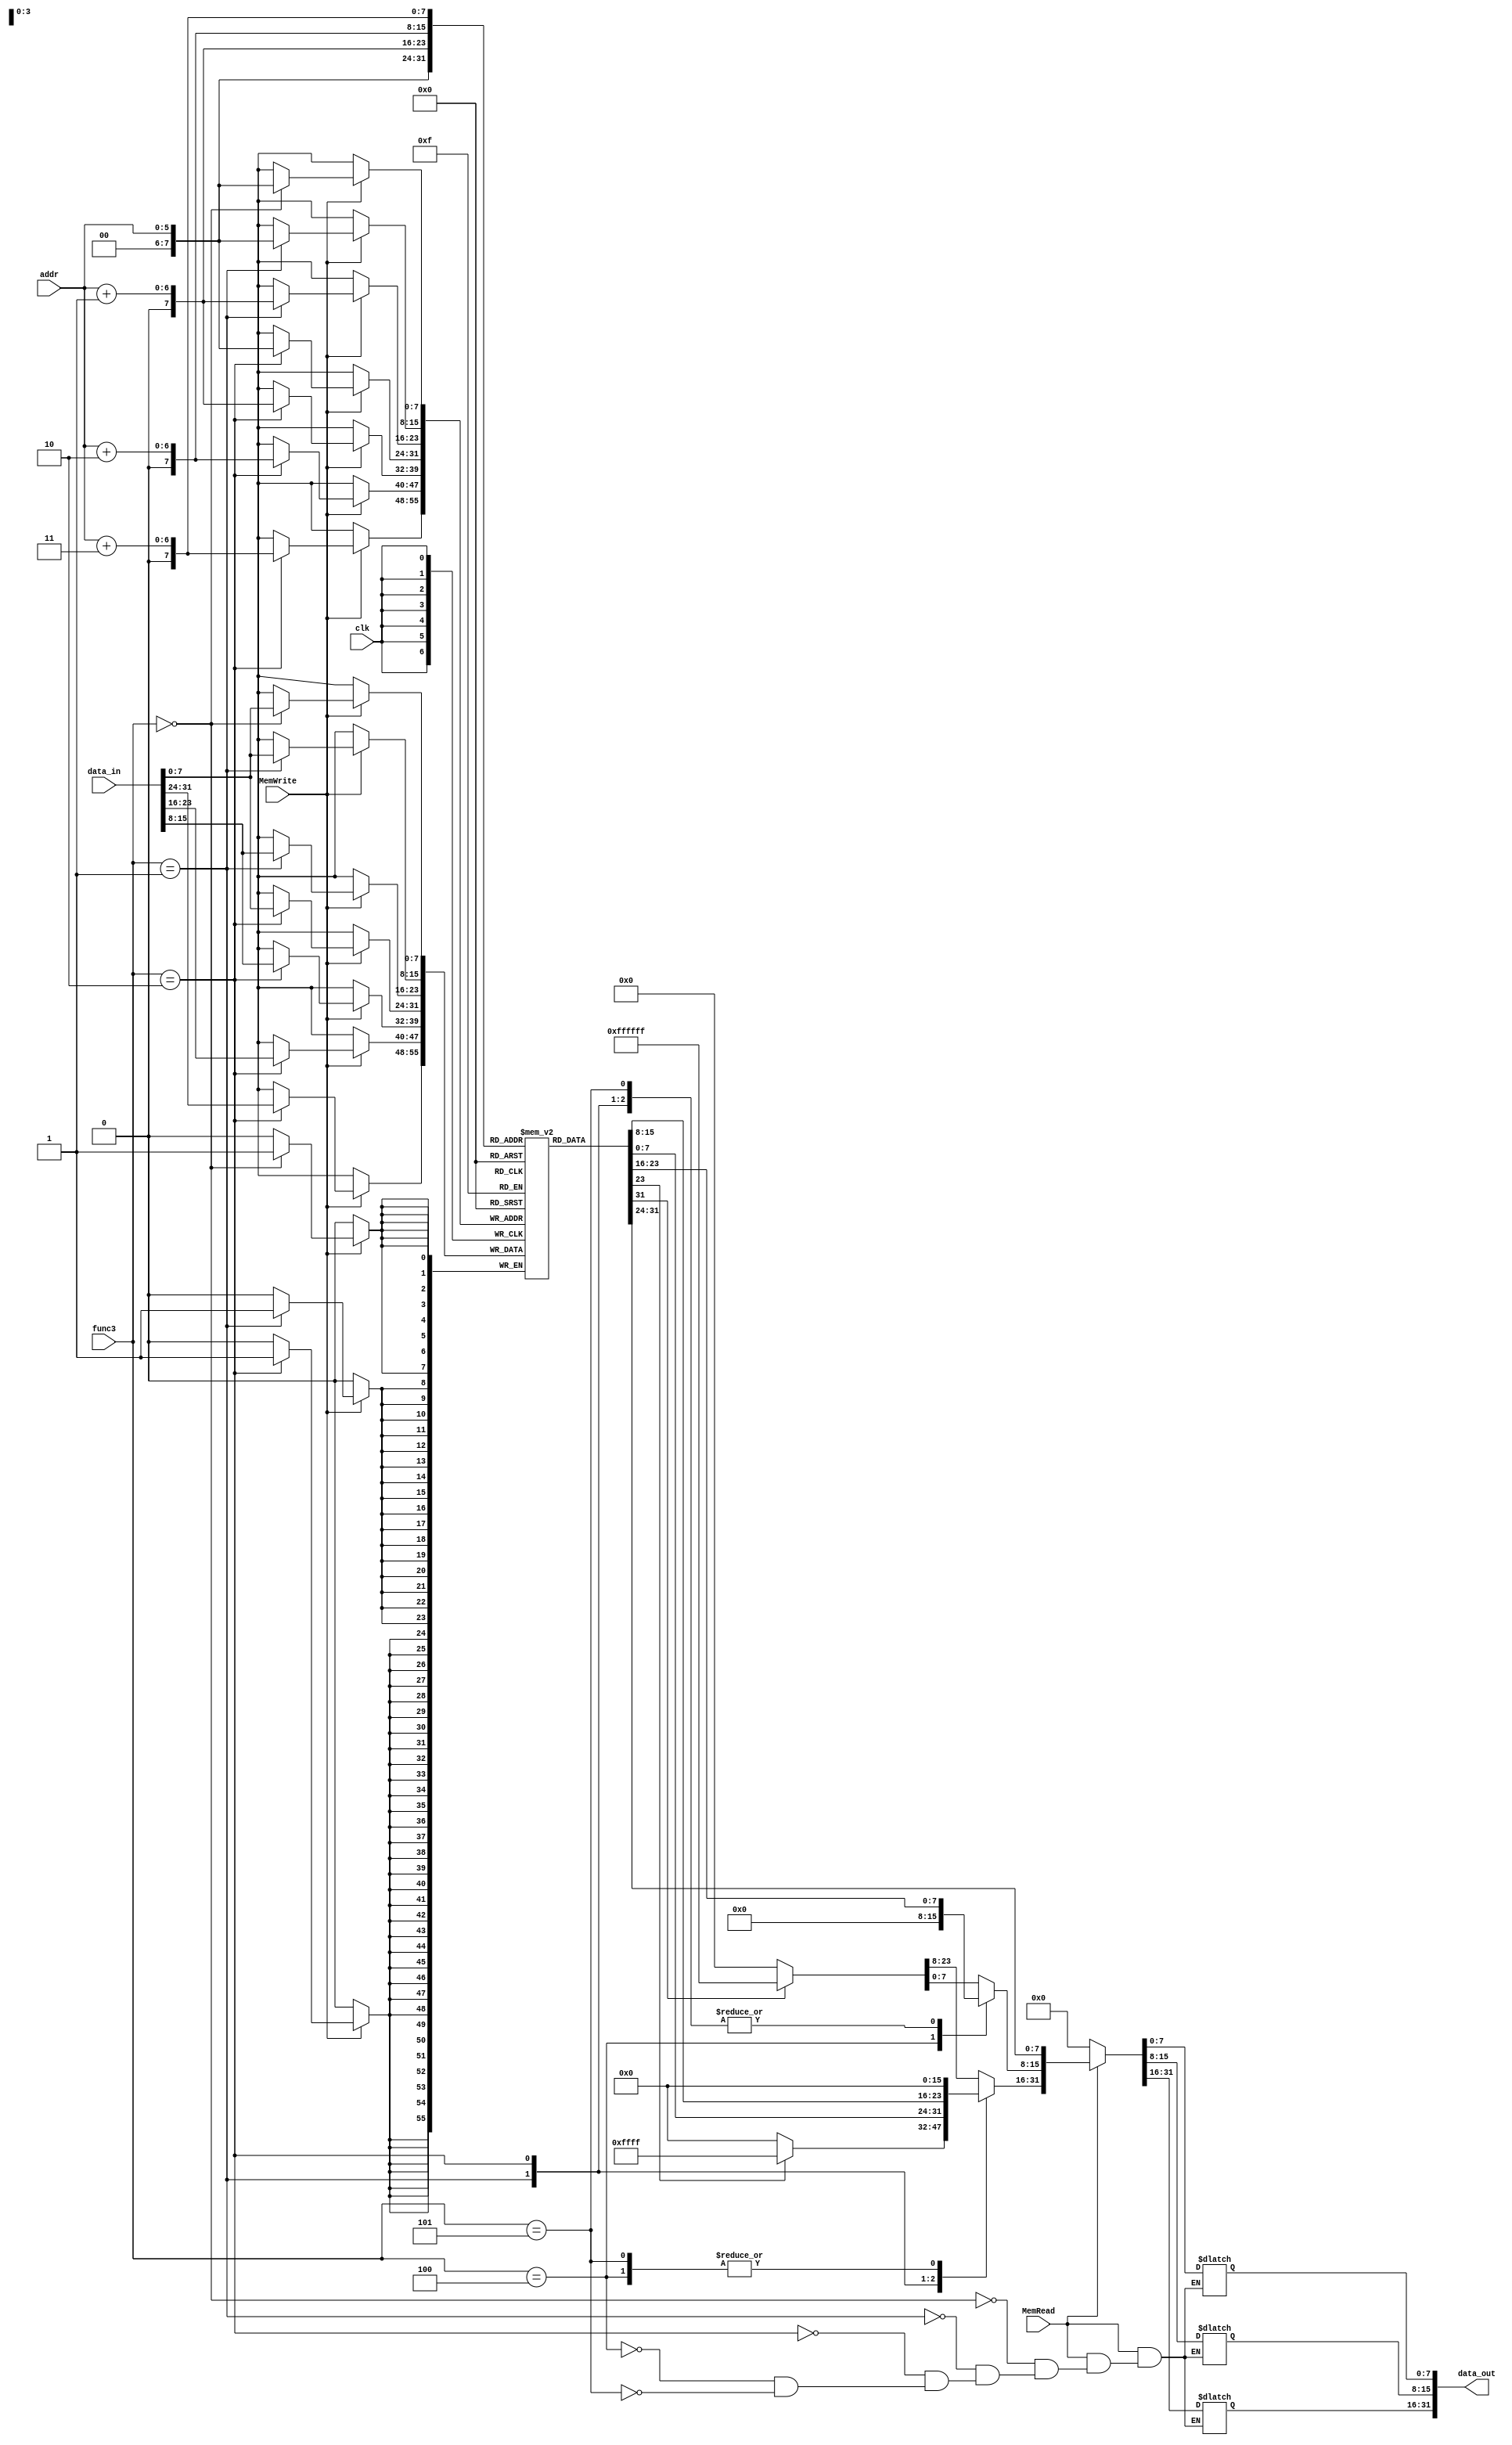
module DataMem
 (input clk, input MemRead, input MemWrite,
 input [5:0] addr, input [31:0] data_in, output reg  [31:0] data_out,input [2:0] func3);
 
//                                    module DataMem(input clk, input MemRead, input MemWrite, input [5:0] addr,
//                                      input [31:0] data_in, output [31:0] data_out);
//                                      reg [31:0] mem [0:63];
                                     
//                                      always @(posedge clk)
//                                      begin
//                                      if (MemWrite)
//                                      mem[addr] = data_in;
//                                      end
                                     
//                                      assign data_out = MemRead?mem[addr]:0;
//                                      initial begin
//                                      mem[0]=32'd17;
//                                      mem[1]=32'd9;
//                                      mem[2]=32'd25;
//                                      end
//                                     endmodule
 
 
 reg [7:0] mem [0:255];
 always @(posedge clk)
 begin
 if (MemWrite)
 begin
 case(func3)
            3'b000:begin //SB
            mem[addr] = data_in[7:0];
            end
            3'b001:begin //SH
            {mem[addr+1],mem[addr]} = data_in[15:0];
            end
            3'b010:begin //SW
            {mem[addr+3],mem[addr+2],mem[addr+1],mem[addr]} = data_in[31:0];
            end
             endcase
 end
 //mem[addr] <= data_in;
 end
 always@(*) begin
 if(MemRead)
     begin
         case(func3)
                3'b000:begin //LB
                 data_out[7:0]=mem[addr];
                if(data_out[7]==1)
                 data_out[31:8]=24'hffffff;
                else
                 data_out[31:8]=24'h000000;
                end
                3'b001:begin //LH
                data_out[15:0]={mem[addr+1],mem[addr]};
                if(data_out[15]==1)
                data_out[31:16]=16'hffff;
                else 
                data_out[31:16]=16'h0000;
                end
                3'b010:begin //LW
                data_out={mem[addr+3],mem[addr+2],mem[addr+1],mem[addr]};
                
                end
                3'b100:begin //LBU
                data_out[7:0]=mem[addr];
                data_out[31:8]=24'h000000;
                end
                3'b101:begin //LHU
                data_out[15:0]={mem[addr+1],mem[addr]};
                data_out[31:16]=16'h0000;
                end
        // assign data_out = MemRead?mem[addr]:0;
         endcase
     end
     else data_out=32'b00000000000000000000000000000000;  
end
 initial begin
 mem[0]=8'b00010001;
 mem[1]=8'b00000000;
 mem[2]=8'b00000000;
 mem[3]=8'b00000000;
 
 mem[4]=8'b00001001;
 mem[5]=8'b00000000;
 mem[6]=8'b00000000;
 mem[7]=8'b00000000;
 
  
 mem[8]=8'b00011001;
 mem[9]=8'b00000000;
 mem[10]=8'b00000000;
 mem[11]=8'b00000000;
 
//  {mem[3],mem[2],mem[1],mem[0]}=32'b00000000000000000000000000010001;
//  {mem[7],mem[6],mem[5],mem[4]}=32'b00000000000000000000000000001001;
//  {mem[11],mem[10],mem[9],mem[8]}=32'b00000000000000000000000000011001;
  end
 
endmodule